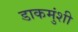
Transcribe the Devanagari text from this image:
डाकमुंशी